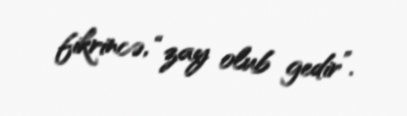
fikrincə, “zay olub gedir”.